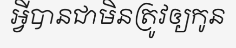
អ្វីបានជាមិនត្រូវឲ្យកូន